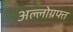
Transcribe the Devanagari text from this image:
अल्लोग्रफ्त